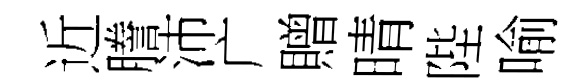
近謄沛广贈晴陛喻